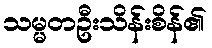
သမ္မတဦးသိန်းစိန်၏